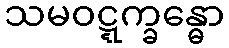
သမဝဋ္ဋက္ခန္ဓော